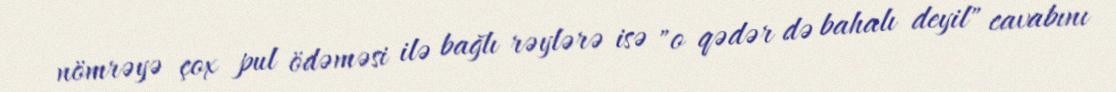
nömrəyə çox pul ödəməsi ilə bağlı rəylərə isə "o qədər də bahalı deyil" cavabını